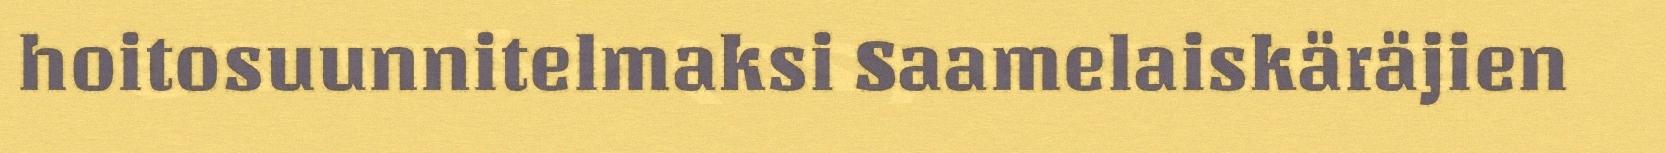
hoitosuunnitelmaksi Saamelaiskäräjien